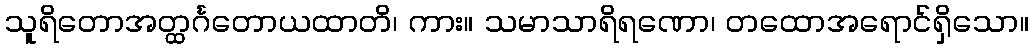
သူရိတောအတ္ထင်္ဂတောယထာတိ၊ ကား။ သမာသာရိရဏော၊ တထောအရောင်ရှိသော။